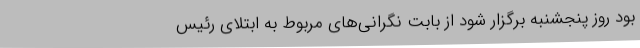
بود روز پنجشنبه برگزار شود از بابت نگرانی‌های مربوط به ابتلای رئیس